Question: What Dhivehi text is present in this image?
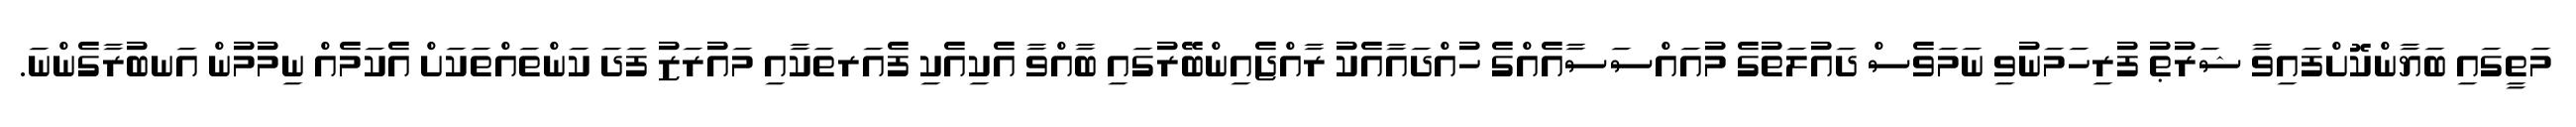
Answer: މަތީގައި ބަޔާންކޮށްފައިވާ ޝަރުޠު ފުރިހަމަނުވި ނަމަވެސް ދައުލަތުގެ މުއައްސަސާއެއްގެ ހުއްދައާއެކު ރާއްޖެއިންބޭރުގައި ބާއްވާ އެކިއެކި ފެއަރތަކާއި މައުރަޒު ފަދަ ކަންތައްތަކަށް އެކަމެއް ނިމުމުން އަނބުރާގެންނަ.